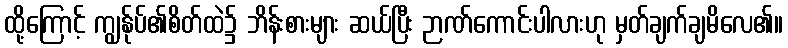
ထို့ကြောင့် ကျွန်ုပ်၏စိတ်ထဲ၌ ဘိန်းစားများ ဆယ်ပြီး ဉာဏ်ကောင်းပါလားဟု မှတ်ချက်ချမိလေ၏။